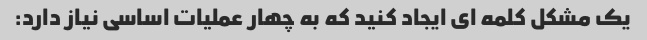
یک مشکل کلمه ای ایجاد کنید که به چهار عملیات اساسی نیاز دارد: